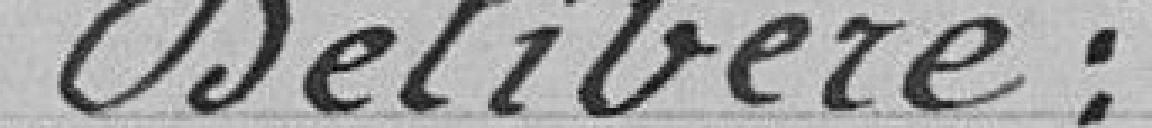
Délibère: